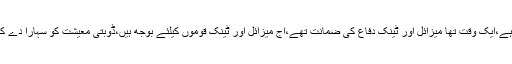
احسن اقبال نے کہا کہ روابط بڑھنے سے تجارت اور روزگار میں اضافہ ہوتا ہے،ایک وقت تھا میزائل اور ٹینک دفاع کی ضمانت تھے،آج میزائل اور ٹینک قوموں کیلئے بوجھ ہیں،ڈوبتی معیشت کو سہارا دے کر ملکی سمت درست کی،ملک میں دہشت گردی کا خاتمہ کرکے امن بحال کیا۔